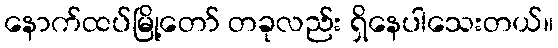
နောက်ထပ်မြို့တော် တခုလည်း ရှိနေပါသေးတယ်။